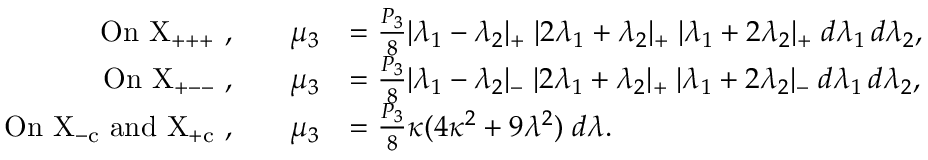
\begin{array} { r l r l } { \mathrm { O n ~ X _ { + + + } ~ , } } & { } & { \mu _ { 3 } } & { = \frac { P _ { 3 } } { 8 } | \lambda _ { 1 } - \lambda _ { 2 } | _ { + } \; | 2 \lambda _ { 1 } + \lambda _ { 2 } | _ { + } \; | \lambda _ { 1 } + 2 \lambda _ { 2 } | _ { + } \; d \lambda _ { 1 } \, d \lambda _ { 2 } , } \\ { \mathrm { O n ~ X _ { + -- } ~ , } } & { } & { \mu _ { 3 } } & { = \frac { P _ { 3 } } { 8 } | \lambda _ { 1 } - \lambda _ { 2 } | _ { - } \; | 2 \lambda _ { 1 } + \lambda _ { 2 } | _ { + } \; | \lambda _ { 1 } + 2 \lambda _ { 2 } | _ { - } \; d \lambda _ { 1 } \, d \lambda _ { 2 } , } \\ { \mathrm { O n ~ X _ { - c } ~ a n d ~ X _ { + c } ~ , } } & { } & { \mu _ { 3 } } & { = \frac { P _ { 3 } } { 8 } \kappa ( 4 \kappa ^ { 2 } + 9 \lambda ^ { 2 } ) \; d \lambda . } \end{array}